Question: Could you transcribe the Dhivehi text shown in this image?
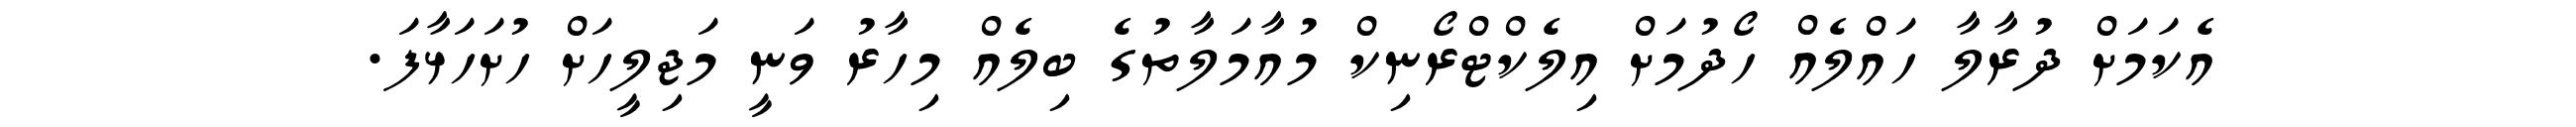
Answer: އެކަމަށް ދުރާލާ ހައްލެއް ހޯދުމަށް އިލެކްޓްރޯނިކް މުއާމަލާތުގެ ބިލެއް މިހާރު ވަނީ މަޖިލީހަށް ހުށަހަޅާފަ.